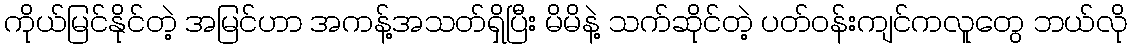
ကိုယ်မြင်နိုင်တဲ့ အမြင်ဟာ အကန့်အသတ်ရှိပြီး မိမိနဲ့ သက်ဆိုင်တဲ့ ပတ်ဝန်းကျင်ကလူတွေ ဘယ်လို